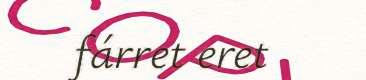
fárret eret